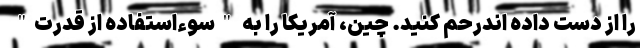
را از دست داده اندرحم کنید. چین، آمریکا را به "سوء‌استفاده از قدرت"